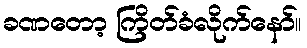
ခဏတော့ ကြိတ်ခံလိုက်နော်။